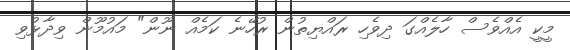
މީކީ އެއްވެސް ހާލެއްގަ ދިވެހި ރައްޔިތުން ރުހޭނެ ކަމެއް ނޫން" މައުމޫން ވިދާޅުވި